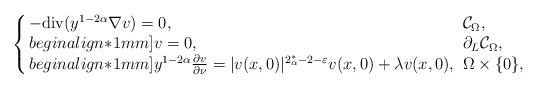
LaTeX: \begin{align*}\left\{ \arraycolsep=1.5pt\begin{array}{lll}-{\rm div}(y^{1-2\alpha}\nabla v) = 0, & \;\mathcal{C}_{\Omega},\\begin{align*}1mm]v=0,&\;\partial_L\mathcal{C}_{\Omega},\\begin{align*}1mm] y^{1-2\alpha}\frac {\partial v}{\partial \nu} = |v(x,0)|^{2^*_\alpha-2-\varepsilon}v(x,0)+ \lambda v(x,0), &\;\Omega\times\{0\}, \end{array} \right. \end{align*}